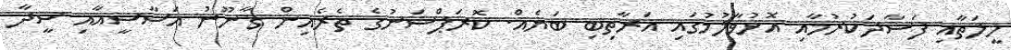
ހީލަތާއި ފަސާދަކުރުމާއި އޮޅުވާލުމުގައި އަރާތިބި ބަޔެއް. ކޮރަޕްޝަނުގެ ތެރެއިން ޤާނޫނު އަސާސީއާއި ސީދާ